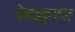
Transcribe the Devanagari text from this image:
वेलझ्कुएज